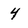
Character: 4